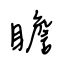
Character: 瞻